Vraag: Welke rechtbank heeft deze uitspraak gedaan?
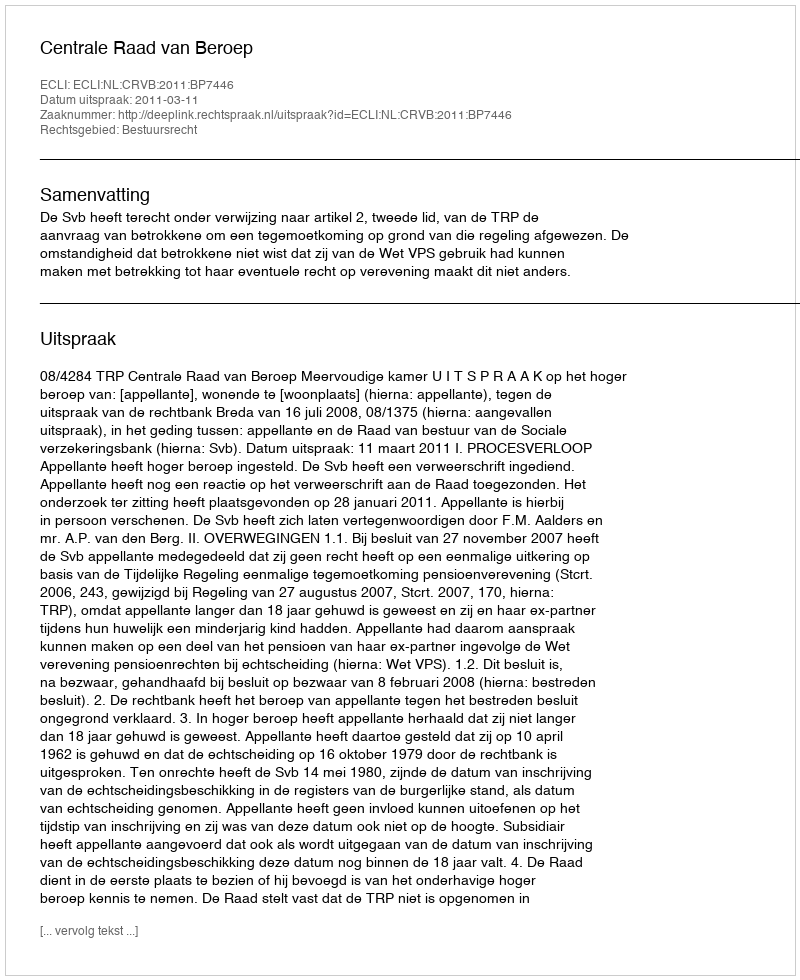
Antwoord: Centrale Raad van Beroep